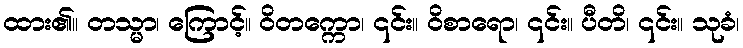
ထား၏။ တသ္မာ၊ ကြောင့်။ ဝိတက္ကော၊ ၎င်း။ ဝိစာရော၊ ၎င်း။ ပီတိ၊ ၎င်း။ သုခံ၊